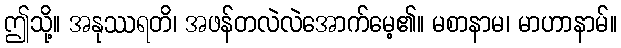
ဤသို့။ အနုဿရတိ၊ အဖန်တလဲလဲအောက်မေ့၏။ မစာနာမ၊ မာဟာနာမ်။